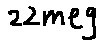
Text: 22meg